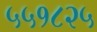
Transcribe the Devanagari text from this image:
५५१८२५